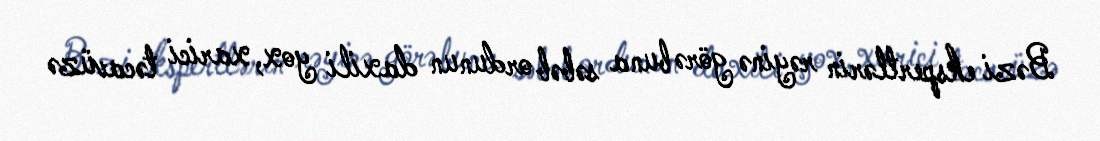
Bəzi ekspertlərin rəyinə görə buna səbəb ordunun daxili yox, xarici təcavüzə